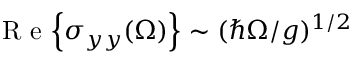
\mathrm { ~ R ~ e ~ } { \left\{ \sigma _ { y y } ( \Omega ) \right\} } \sim ( \hbar \Omega / g ) ^ { 1 / 2 }